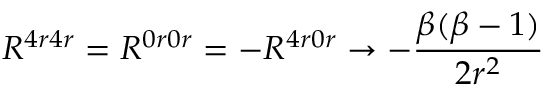
R ^ { 4 r 4 r } = R ^ { 0 r 0 r } = - R ^ { 4 r 0 r } \rightarrow - \frac { \beta ( \beta - 1 ) } { 2 r ^ { 2 } }